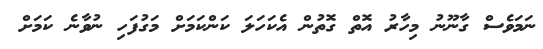
ނަމަވެސް ގާނޫނު މިހާރު އޮތް ގޮތުން އެކަހަލަ ކަންކަމަށް މަގުފަހި ނުވާނެ ކަމަށް